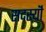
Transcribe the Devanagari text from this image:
सदस्यॊं